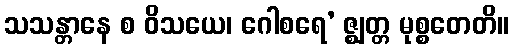
သသန္တာနေ စ ဝိသယေ၊ ဂေါစရေ’ ဇ္ဈတ္တ မုစ္စတေတိ။